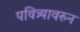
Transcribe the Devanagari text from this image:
पवित्र्यावरुन